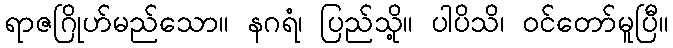
ရာဇဂြိုဟ်မည်သော။ နဂရံ၊ ပြည်သို့။ ပါပိသိ၊ ဝင်တော်မူပြီ။